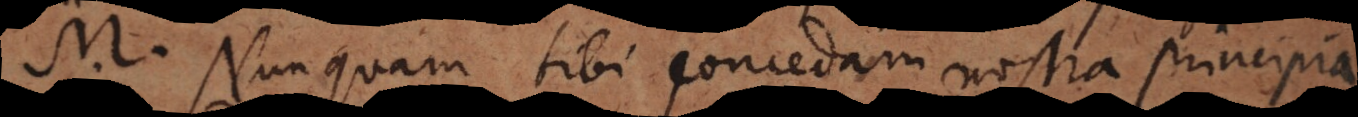
M. Nunquam tibi concedam nostra principia